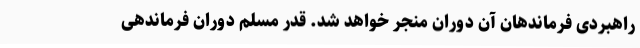
راهبردی فرماندهان آن دوران منجر خواهد شد. قدر مسلم دوران فرماندهی